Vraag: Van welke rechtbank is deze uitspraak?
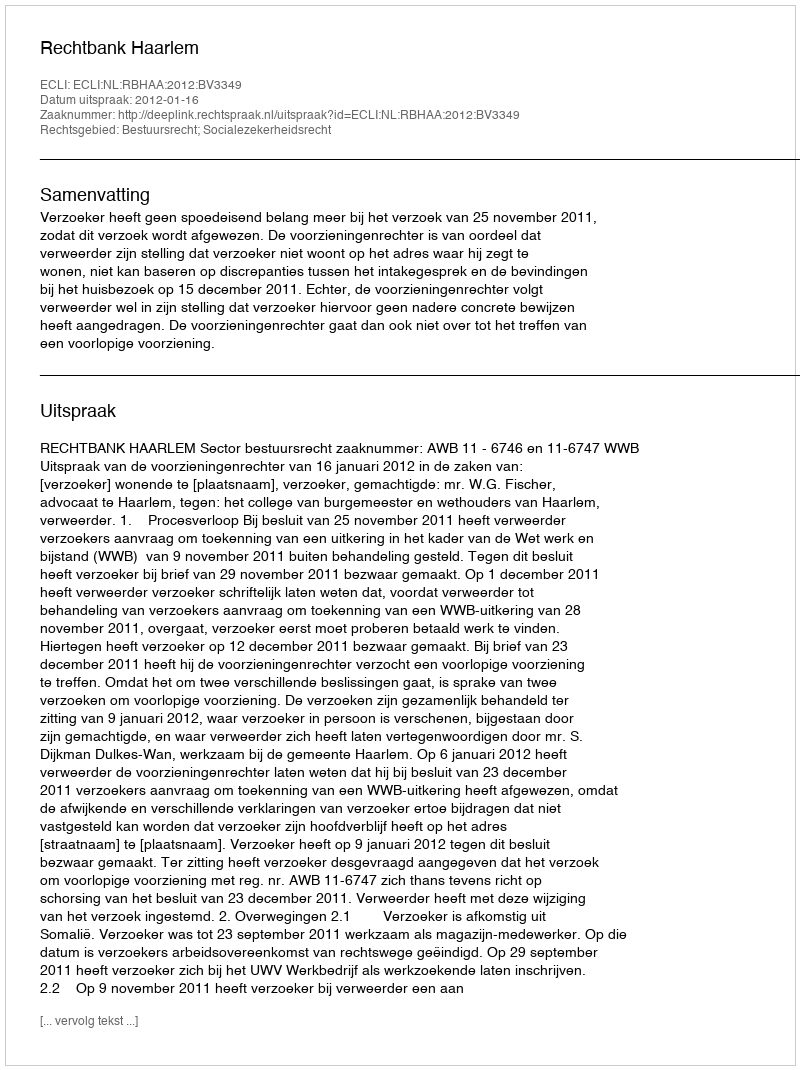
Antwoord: Rechtbank Haarlem